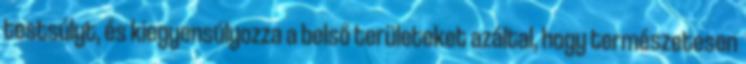
testsúlyt, és kiegyensúlyozza a belső területeket azáltal, hogy természetesen